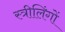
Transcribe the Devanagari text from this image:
स्त्रीलिंगों